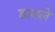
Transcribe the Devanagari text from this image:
डाबले